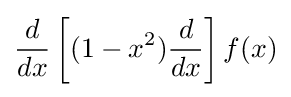
{\frac {d}{dx}}\left[(1-x^{2}){\frac {d}{dx}}\right]f(x)